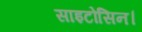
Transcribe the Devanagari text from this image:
साइटोसिन।